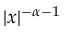
| x | ^ { - \alpha - 1 }